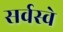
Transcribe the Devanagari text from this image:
सर्वस्वे